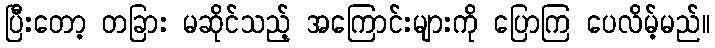
ပြီးတော့ တခြား မဆိုင်သည့် အကြောင်းများကို ပြောကြ ပေလိမ့်မည်။